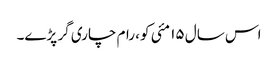
اس سال ۱۵ مئی کو، رام چاری گر پڑے۔